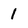
Character: 1